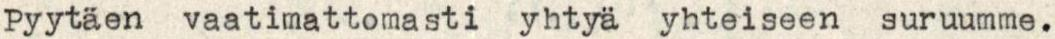
Pyytäen vaatimattomasti yhtyä yhteiseen suruumme.